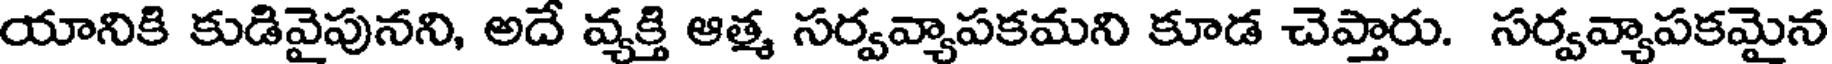
యానికి కుడివైపునని, అదే వ్యక్తి ఆత్మ సర్వవ్యాపకమని కూడ చెప్తారు. సర్వవ్యాపకమైన